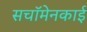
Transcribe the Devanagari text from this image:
सचॉमेनकाई